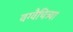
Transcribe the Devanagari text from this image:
वग्वैचित्र्या